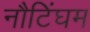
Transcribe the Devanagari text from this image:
नौटिंघम